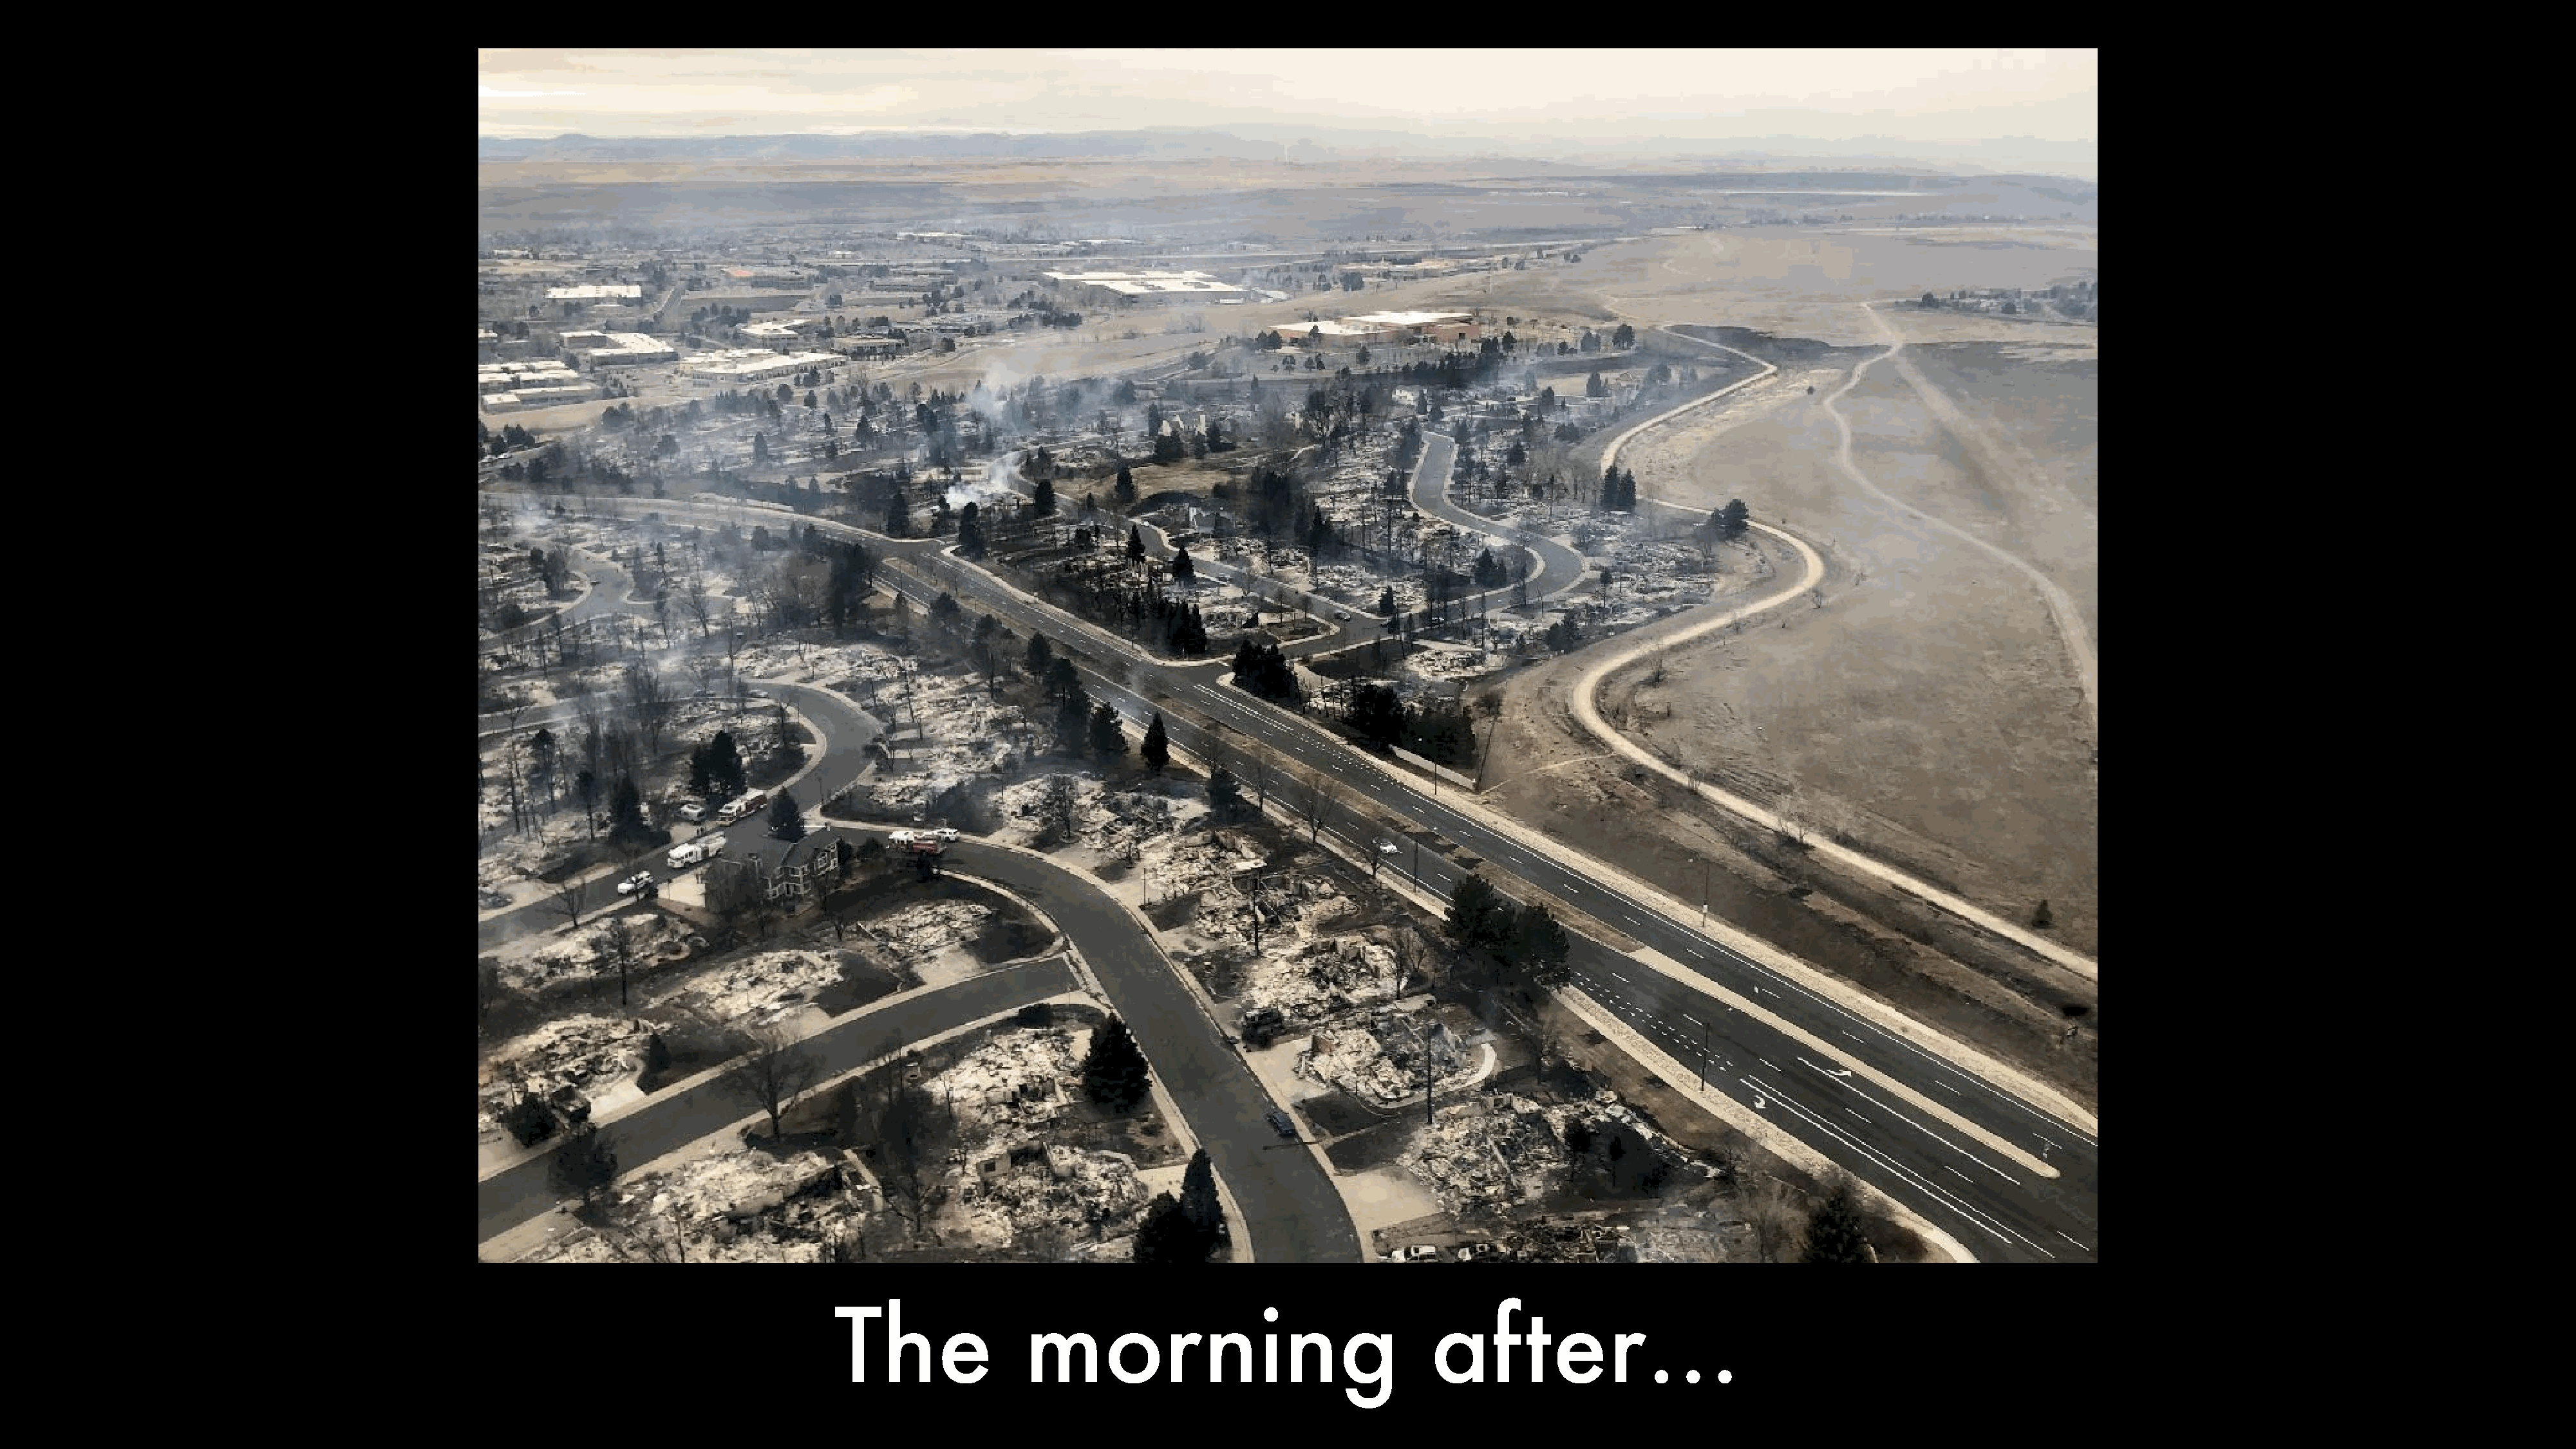
The                morning                                   after…